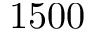
1 5 0 0